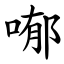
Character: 喐